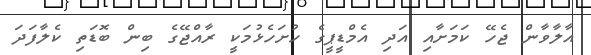
އާލާވާން ޖެހޭ ކަމަށާއި އަދި އެމްޑީޕީގެ ހުށަހެޅުމަކީ ރާއްޖޭގެ ބިން ބޮޑަތި ކެލާފަދަ